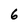
Character: 6